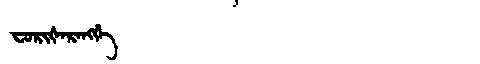
Manchu: ᠸᠣᡵᡳᡧᠠᡵᠠᠩᡤᡝ
Romanization: FORIŠARANGGE